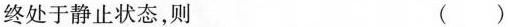
终处于静止状态，则 ( )